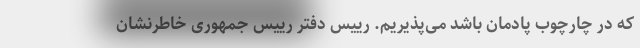
که در چارچوب پادمان باشد می‌پذیریم. رییس دفتر رییس جمهوری خاطرنشان